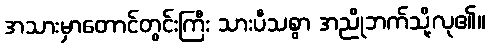
အသားမှာတောင်တွင်းကြီး သားပီသစွာ အညိုဘက်သို့လု၏။